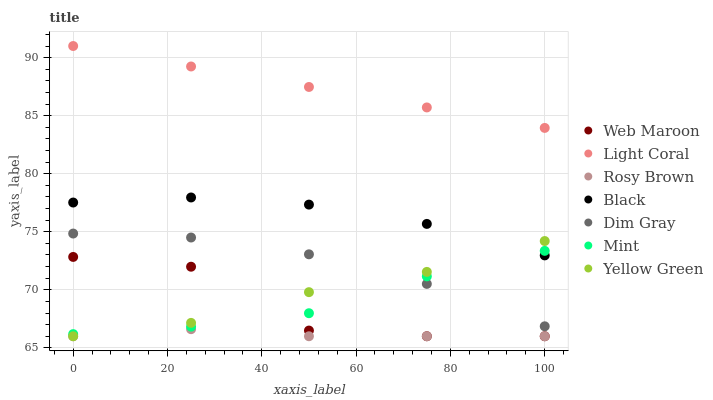
| xaxis_label | Web Maroon | Light Coral | Rosy Brown | Black | Dim Gray | Mint | Yellow Green |
 | --- | --- | --- | --- | --- | --- | --- | --- |
 | 0 | 72.8 | 91 | 66 | 77.5 | 74.8 | 66.2 | 66 |
 | 25 | 72 | 89.2 | 66.6 | 78 | 74.5 | 66.8 | 67.2 |
 | 50 | 66.5 | 87.5 | 66 | 77.3 | 73.1 | 68 | 69.8 |
 | 75 | 66 | 85.7 | 66 | 75.7 | 70.5 | 71.2 | 71.5 |
 | 100 | 66 | 83.9 | 66 | 73 | 66.9 | 73.4 | 74.2 |